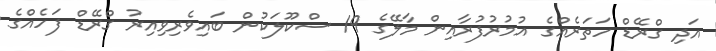
އަދި ގްރޭޑް ހަތަރެއްގެ އުމުރުފުރާއިން މާލޭގެ 19 ސްކޫލަކުން ބައިވެރިވިއިރު ގްރޭޑް ފަހެއްގެ